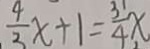
\frac { 4 } { 3 } x + 1 = \frac { 3 } { 4 } x